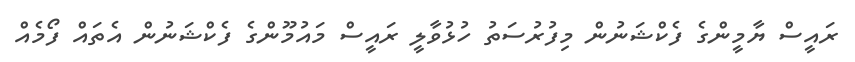
ރައީސް ޔާމީންގެ ފެކްޝަނުން މިފުރުސަތު ހުޅުވާލީ ރައީސް މައުމޫންގެ ފެކްޝަނުން އެތައް ފޯމެއް